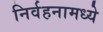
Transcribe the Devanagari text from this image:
निर्वहनामध्ये